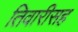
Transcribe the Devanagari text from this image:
तिवारीसह